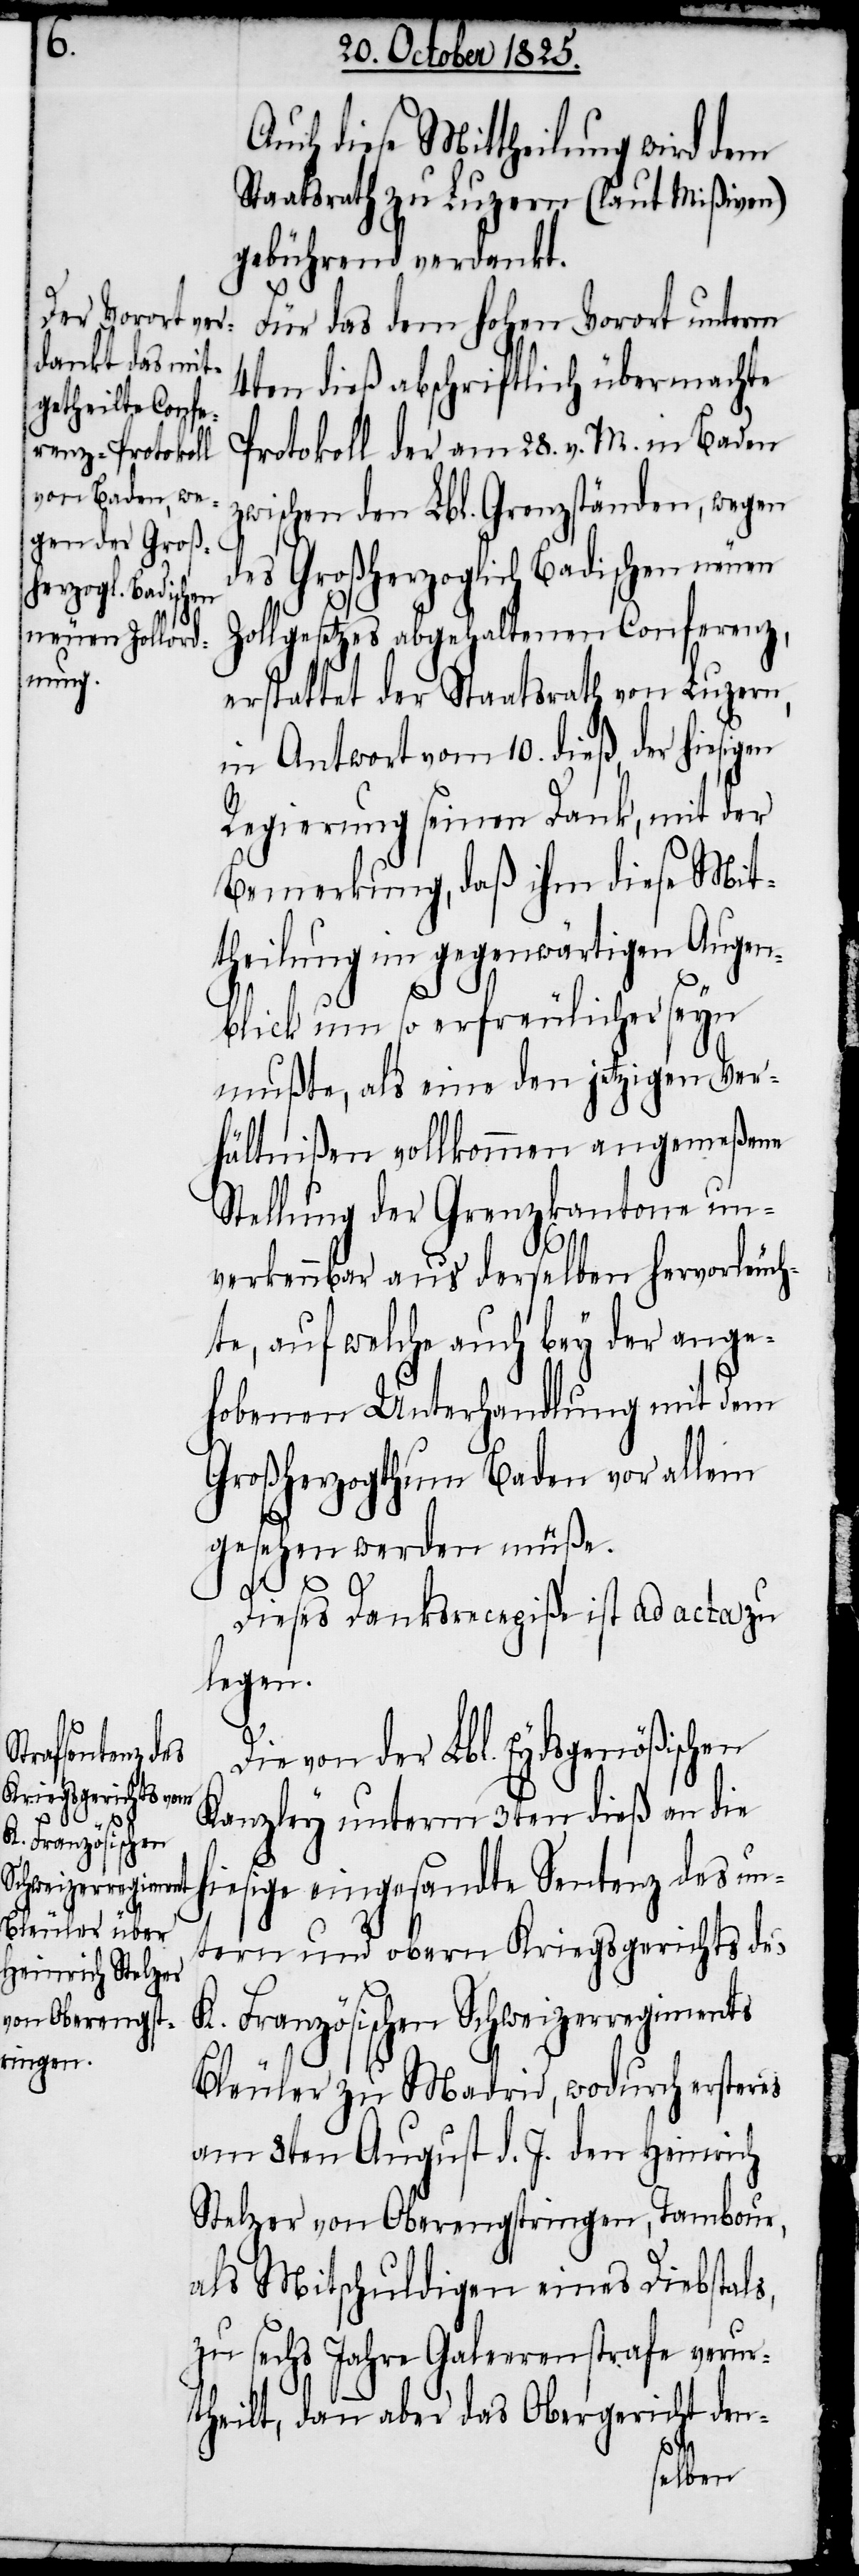
Auch diese Mittheilung wird dem
Staatsrath zu Luzern (laut Mißiven)
gebührend verdankt.
Für das dem hohen Vorort unterm
4ten dieß abschriftlich übermachte
Protokoll der am 28. v. M. in Baden
zwischen den Lbl. Grenzständen, wegen
des Großherzoglich Badischen neuen
Zollgesetzes abgehaltenen Conferenz,
erstattet der Staatsrath von Luzern,
in Antwort vom 10. dieß, der hiesigen
Regierung seinen Dank, mit der
Bemerkung, daß ihm diese Mit¬
theilung im gegenwärtigen Augen¬
blick um so erfreulicher seyn
mußte, als eine den jetzigen Ver¬
hältnißen vollkommen angemeßene
Stellung der Grenzkantone un¬
verkennbar aus derselben hervorleuch¬
te, auf welche auch bey der ange¬
hobenen Unterhandlung mit dem
Großherzogthum Baden vor allem
gesehen werden müße.
Dieses Dankesrecepiße ist ad acta zu
legen.
Die von der Lbl. Eydsgenößischen
Kanzley unterm 3ten dieß an die
hiesige eingesandte Sentenz des un¬
tern und obern Kriegsgerichts des
K. Französischen Schweizerregiments
Bleuler zu Madrid, wodurch ersteres
am 8ten August d. J. den Heinrich
Stelzer von Oberengstringen, Tambour,
als Mitschuldigen eines Diebstals,
zu sechs Jahre Galeerenstrafe verur¬
theilt, dann aber das Obergericht den-